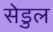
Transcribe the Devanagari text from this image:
सेडुल